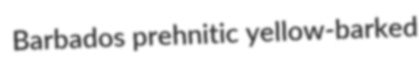
Barbados prehnitic yellow-barked